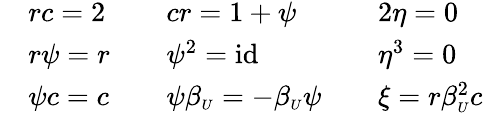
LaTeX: \begin{array}{rlrlrl}&{rc=2}&&{cr=1+\psi}&&{2\eta=0}\\ &{r\psi=r}&&{\psi^{2}=\mathrm{id}\, }&&{\eta^{3}=0}\\ &{\psi c=c}&&{\psi\beta_{\scriptscriptstyle U}=-\beta_{\scriptscriptstyle U}\psi}&&{\xi=r\beta_{\scriptscriptstyle U}^{2}c}\end{array}